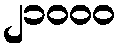
၂၁၀၀၀